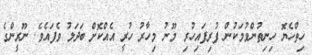
ހިތްހެޔޮ ހިނިތުންވުމަކުން ފުރިފައިހުރި މޫނު މިހާރު ހުރީ އެއްކޮށް ބަދަލު ވެފައެވެ. ނޫރީންގެ